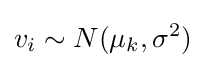
v_{i}\sim N(\mu _{k},\sigma ^{2})